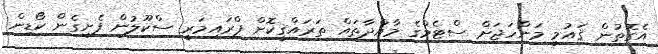
އެގޮތުން ޤައުމީ މަންހަޖަށް ސްޓެމްގެ މާއްދާތައް ތަރައްޤީކޮށް ޕްރައިމަރީ ސްކޫލުން ފެށިގެން ކޯޑިން